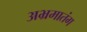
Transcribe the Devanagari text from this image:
अभ्रमातंग